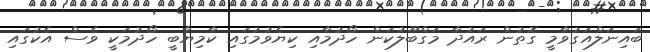
ބައިނަލްއަގުވާމީ ގޮތުން ރައުދާ މަގްބޫލުކަން ހޯދުމާއި ކިޔެވުމުގައި ކާމިޔާބީ ހޯދުމަކީ ވެސް އެކުގައި